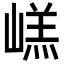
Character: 㟱